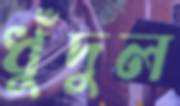
ধুঁদুল